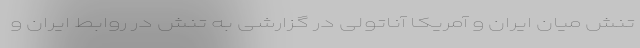
تنش میان ایران و آمریکا آناتولی در گزارشی به تنش در روابط ایران و